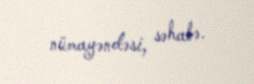
nümayəndəsi, səhabə.